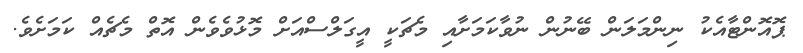
ޕޮއޮންޓާއެކު ނިންމަލަން ބޭނުން ނުވާކަމަށާއި މެޗަކީ އީގަލްސްއަށް މޮޅުވެވެން އޮތް މެޗެއް ކަމަށެވެ.